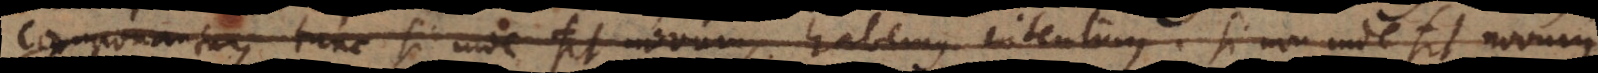
componantur, tunc si inde fit novum, habemus intentum. Si non inde fit novum;